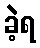
ခဲ့ရ